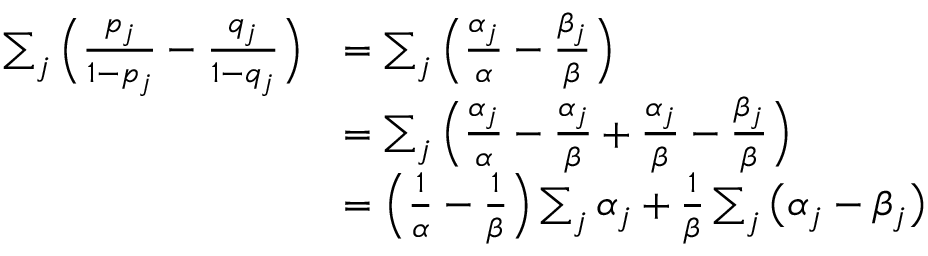
\begin{array} { r l } { \sum _ { j } \Big ( \frac { p _ { j } } { 1 - p _ { j } } - \frac { q _ { j } } { 1 - q _ { j } } \Big ) } & { = \sum _ { j } \Big ( \frac { \alpha _ { j } } { \alpha } - \frac { \beta _ { j } } { \beta } \Big ) } \\ & { = \sum _ { j } \Big ( \frac { \alpha _ { j } } { \alpha } - \frac { \alpha _ { j } } { \beta } + \frac { \alpha _ { j } } { \beta } - \frac { \beta _ { j } } { \beta } \Big ) } \\ & { = \Big ( \frac 1 \alpha - \frac 1 \beta \Big ) \sum _ { j } \alpha _ { j } + \frac 1 \beta \sum _ { j } \big ( \alpha _ { j } - \beta _ { j } \big ) } \end{array}